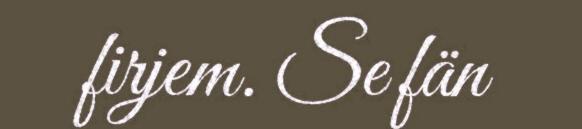
firjem. Se fän